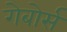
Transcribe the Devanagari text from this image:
गेबोर्स